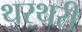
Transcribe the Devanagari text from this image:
थरथरी